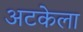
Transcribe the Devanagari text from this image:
अटकेला